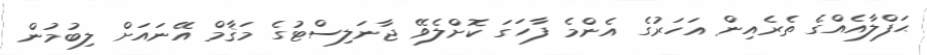
ޙަފްލާއެއްގެ ތެރެއިން އަހަރުގެ އެންމެ ފާހަގަ ކޮށްލެވޭ ޖާނަލިސްޓުގެ މަޤާމް އޭނައަށް ލިބުމުން